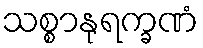
သစ္စာနုရက္ခဏံ